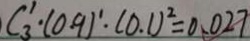
C _ { 3 } ^ { 1 } \cdot ( 0 . 9 ) ^ { \prime } \cdot ( 0 . 1 ) ^ { 2 } = 0 . 0 2 7